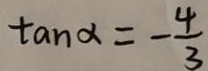
\tan \alpha = - \frac { 4 } { 3 }